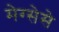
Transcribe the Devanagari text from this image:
मेग्सेसे